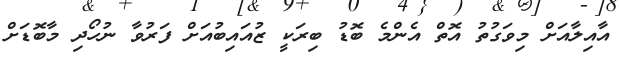
އާއިލާއަށް މިވަގުތު އޮތް އެންމެ ބޮޑު ބިރަކީ ޒުއައިބުއަށް ފަރުވާ ނުހޯދި މާބޮޑަށް